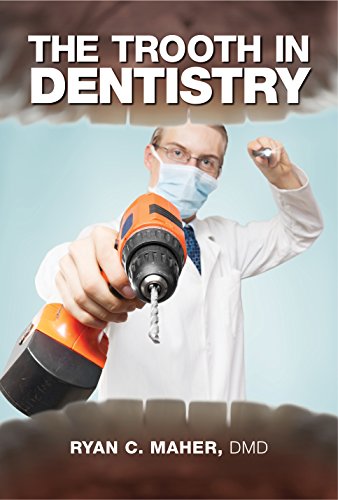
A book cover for The Trooth in Dentistry; DMD Ryan C. Maher; Medical Books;